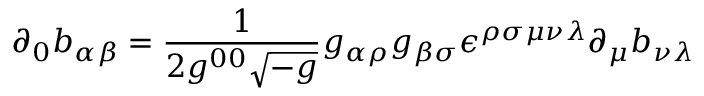
\partial _ { 0 } b _ { \alpha \beta } = { \frac { 1 } { 2 g ^ { 0 0 } \sqrt { - g } } } g _ { \alpha \rho } g _ { \beta \sigma } \epsilon ^ { \rho \sigma \mu \nu \lambda } \partial _ { \mu } b _ { \nu \lambda }